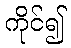
ကိုင်၍